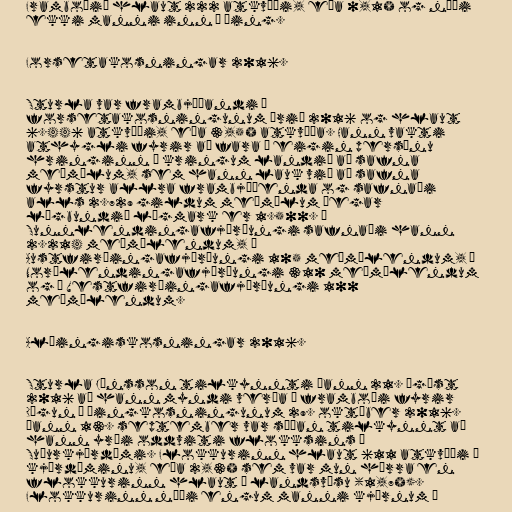
Framboðið hlaut 222 atkvæði, eða 0,1% og náði
ekki manni inn á þing.

Forsetakosningar 2016.

Sturla var frambjóðandi í
forsetakosningunum árið 2016 og hlaut
6.446 atkvæði, eða 3,5% atkvæða. Hann vakti
athygli fyrir að fara í eigin persónu
hringinn í kringum landið að safna
meðmælum, sem hann lauk við að safna
fyrstur allra frambjóðenda og safnaði
alls 2.729 gildum meðmælum þegar
lögbundið lágmark er 1.500. Í
Sunnlendingafjórðungi safnaði hann
2.214 meðmælendum, í
Austfirðingafjórðungi 105 meðmælendum, í
Norðlendingafjórðungi 310 meðmælendum
og í Vestfirðingafjórðungi 100
meðmælendum.

Alþingiskosningar 2016.

Sturla Jónsson tilkynnti þann 21. ágúst
2016 að hann myndi verða í framboði fyrir
Dögun í þingkosningunum 29. október 2016.
Þann 13. september var síðan tilkynnt að
hann yrði oddviti flokksins í
Suðurkjördæmi. Flokkurinn hlaut 611 atkvæði í
kjördæminu, eða 2,3% sem var mun hærra en
flokkurinn hlaut á landsvísu (1,7%).
Flokkurinn náði engum manni kjörnum á